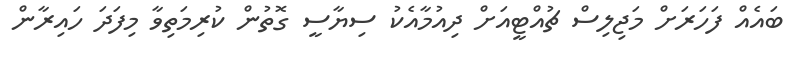
ބައެއް ފަހަރަށް މަޖިލިސް ޗުއްޓީއަށް ދިއުމާއެކު ސިޔާސީ ގޮތުން ކުރިމަތިވާ މިފަދަ ހައިރާން